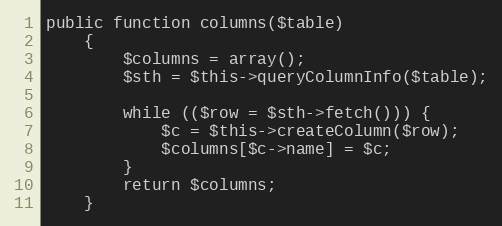
Language: PHP
public function columns($table)
	{
		$columns = array();
		$sth = $this->queryColumnInfo($table);

		while (($row = $sth->fetch())) {
			$c = $this->createColumn($row);
			$columns[$c->name] = $c;
		}
		return $columns;
	}